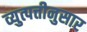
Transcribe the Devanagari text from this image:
व्युत्पत्तीनुसार